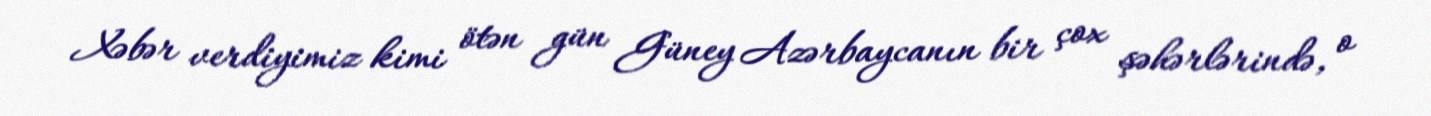
Xəbər verdiyimiz kimi ötən gün Güney Azərbaycanın bir çox şəhərlərində, o